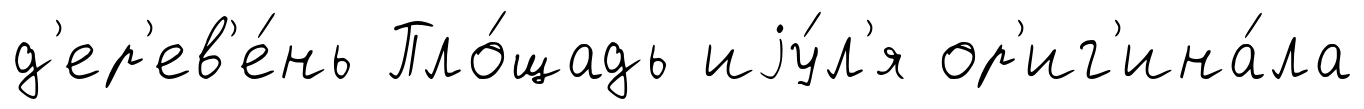
д'ер'ев'е́нь Пло́щадь иjу́л'я ор'иг'ина́ла